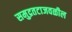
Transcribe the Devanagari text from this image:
समुद्रतटाजवळील